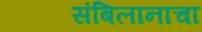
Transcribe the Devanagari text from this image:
संबिलानाचा